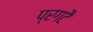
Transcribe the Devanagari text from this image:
प्रगटै